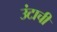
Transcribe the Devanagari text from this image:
उंटाची